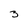
Character: 3